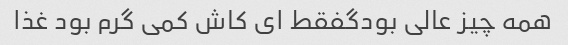
همه چیز عالی بودگفقط ای کاش کمی گرم بود غذا